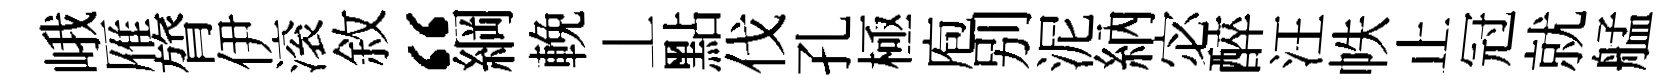
峨雁膂伊滚敘“綱輓丄點伐孔極庖别泥納宓醉汪帙止冠就艋